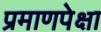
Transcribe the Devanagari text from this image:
प्रमाणपेक्षा